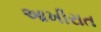
આખીરાત